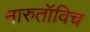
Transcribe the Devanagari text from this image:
नारुतॉविच